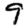
Digit: 9